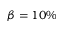
\beta = 1 0 \%